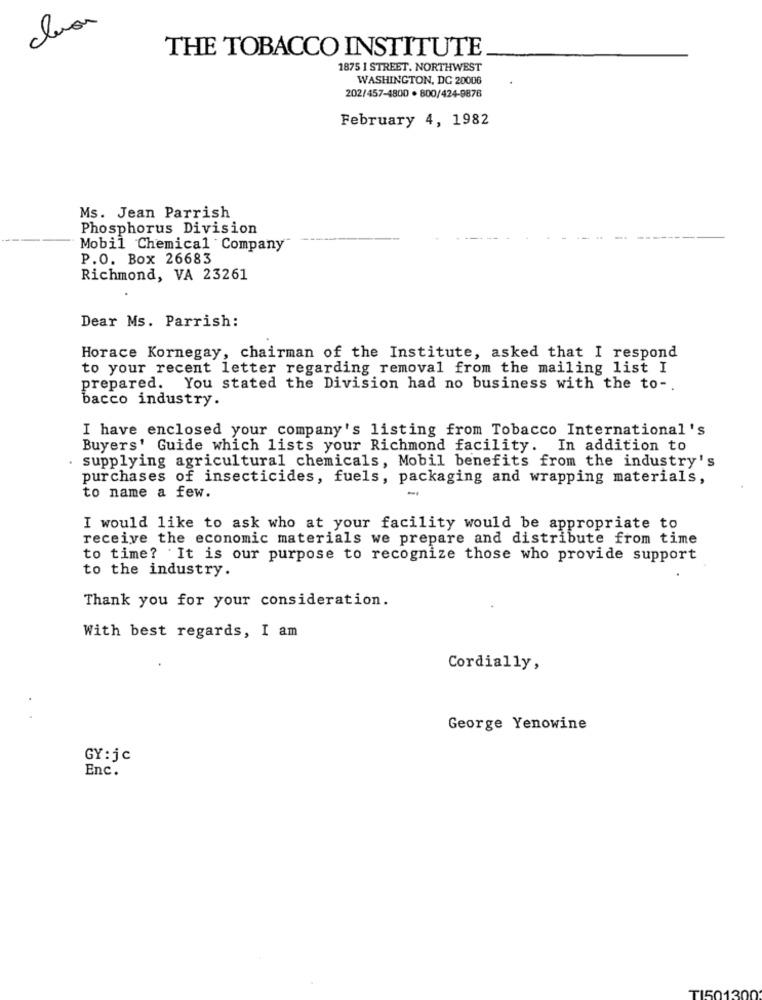
THE TOBACCO INSTITUTE
1875 1 STREET, NORTHWEST
WASHINGTON, DC 20006
202/457-4800 . 800/424-9876
February 4, 1982
Ms. Jean Parrish
Phosphorus Division
Mobil Chemical Company
P.O. Box 26683
Richmond, VA 23261
Dear Ms. Parrish:
Horace Kornegay, chairman of the Institute, asked that I respond
to your recent letter regarding removal from the mailing list I
prepared. You stated the Division had no business with the to -.
bacco industry.
I have enclosed your company's listing from Tobacco International's
Buyers' Guide which lists your Richmond facility. In addition to
. supplying agricultural chemicals, Mobil benefits from the industry's
purchases of insecticides, fuels, packaging and wrapping materials,
-
to name a few.
I would like to ask who at your facility would be appropriate to
receive the economic materials we prepare and distribute from time
to time? It is our purpose to recognize those who provide support
to the industry.
Thank you for your consideration.
With best regards, I am
Cordially,
George Yenowine
GY: jc
Enc.
TI501300